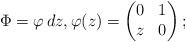
LaTeX: \begin{align*}\Phi = \varphi \, dz, \varphi(z)=\begin{pmatrix} 0 & 1 \\ z & 0 \end{pmatrix};\end{align*}